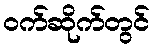
ဝက်ဆိုက်တွင်